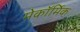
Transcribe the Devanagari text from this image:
मेकॉर्मिक